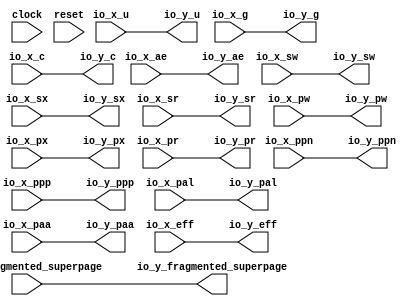
module OptimizationBarrier(
  input         clock,
  input         reset,
  input  [19:0] io_x_ppn,
  input         io_x_u,
  input         io_x_g,
  input         io_x_ae,
  input         io_x_sw,
  input         io_x_sx,
  input         io_x_sr,
  input         io_x_pw,
  input         io_x_px,
  input         io_x_pr,
  input         io_x_ppp,
  input         io_x_pal,
  input         io_x_paa,
  input         io_x_eff,
  input         io_x_c,
  input         io_x_fragmented_superpage,
  output [19:0] io_y_ppn,
  output        io_y_u,
  output        io_y_g,
  output        io_y_ae,
  output        io_y_sw,
  output        io_y_sx,
  output        io_y_sr,
  output        io_y_pw,
  output        io_y_px,
  output        io_y_pr,
  output        io_y_ppp,
  output        io_y_pal,
  output        io_y_paa,
  output        io_y_eff,
  output        io_y_c,
  output        io_y_fragmented_superpage
);
  assign io_y_ppn = io_x_ppn; // @[package.scala 263:12]
  assign io_y_u = io_x_u; // @[package.scala 263:12]
  assign io_y_g = io_x_g; // @[package.scala 263:12]
  assign io_y_ae = io_x_ae; // @[package.scala 263:12]
  assign io_y_sw = io_x_sw; // @[package.scala 263:12]
  assign io_y_sx = io_x_sx; // @[package.scala 263:12]
  assign io_y_sr = io_x_sr; // @[package.scala 263:12]
  assign io_y_pw = io_x_pw; // @[package.scala 263:12]
  assign io_y_px = io_x_px; // @[package.scala 263:12]
  assign io_y_pr = io_x_pr; // @[package.scala 263:12]
  assign io_y_ppp = io_x_ppp; // @[package.scala 263:12]
  assign io_y_pal = io_x_pal; // @[package.scala 263:12]
  assign io_y_paa = io_x_paa; // @[package.scala 263:12]
  assign io_y_eff = io_x_eff; // @[package.scala 263:12]
  assign io_y_c = io_x_c; // @[package.scala 263:12]
  assign io_y_fragmented_superpage = io_x_fragmented_superpage; // @[package.scala 263:12]
endmodule